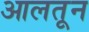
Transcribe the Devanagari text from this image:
आलतून